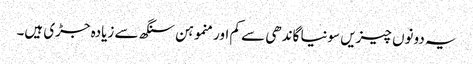
یہ دونوں چیزیں سونیا گاندھی سے کم اور منموہن سنگھ سے زیادہ جڑی ہیں۔